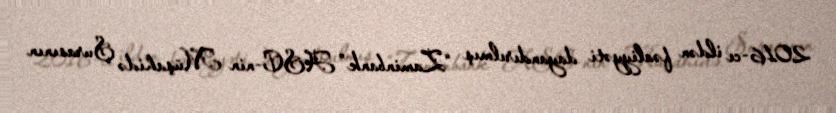
2016-cı ildən fəaliyyəti dayandırılmış “Zaminbank” ASC-nin Müşahidə Şurasının